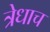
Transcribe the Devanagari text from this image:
त्रेधाच